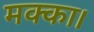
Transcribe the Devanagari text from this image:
मक्का।